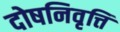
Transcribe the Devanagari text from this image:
दोषनिवृत्ति